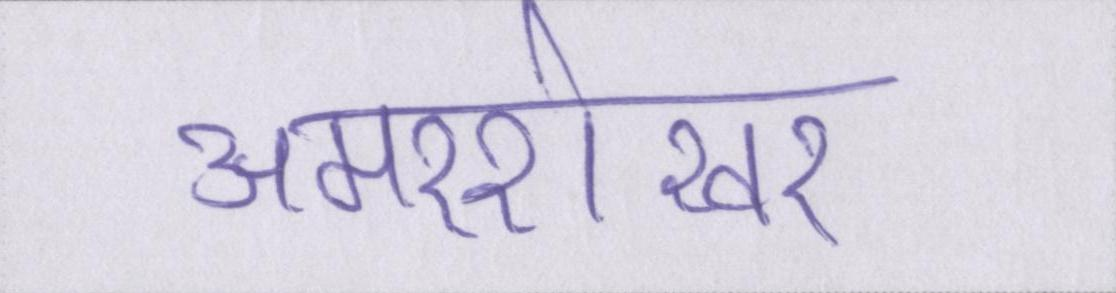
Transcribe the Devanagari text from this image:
अमरशेखर